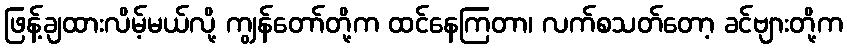
ဖြန့်ချထားလိမ့်မယ်လို့ ကျွန်တော်တို့က ထင်နေကြတာ၊ လက်စသတ်တော့ ခင်ဗျားတို့က